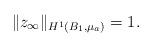
LaTeX: \begin{align*} \|z_\infty\|_{H^1(B_1,\mu_a)}=1.\end{align*}